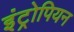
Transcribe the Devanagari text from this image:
इंट्रोपियन